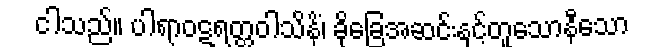
ငါသည်။ ပါရာဝဋရတ္တဝါသိနိံ၊ ခိုခြေအဆင်းနှင့်တူသောနီသော